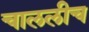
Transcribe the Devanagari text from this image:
चाललीच